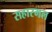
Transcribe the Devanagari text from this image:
सहारमल